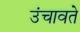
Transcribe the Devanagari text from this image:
उंचावते